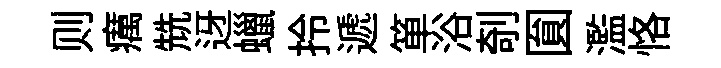
则癘兟迓蠟拎遞箪浴剞圎濫恪